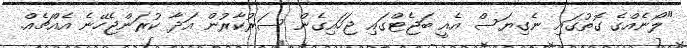
"ލޯނެއްގެ ގޮތުގައި ނެގިޔަސް އެއީ ބަޖެޓްގައި ޖަހައިގެން ސަރުކާރުން އަދާ ކުރަންޖެހޭނެ އެއްޗެއް.